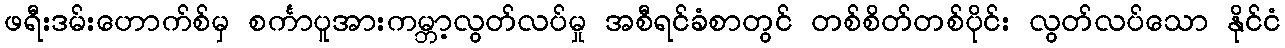
ဖရီးဒမ်းဟောက်စ်မှ စင်္ကာပူအားကမ္ဘာ့လွတ်လပ်မှု အစီရင်ခံစာတွင် တစ်စိတ်တစ်ပိုင်း လွတ်လပ်သော နိုင်ငံ